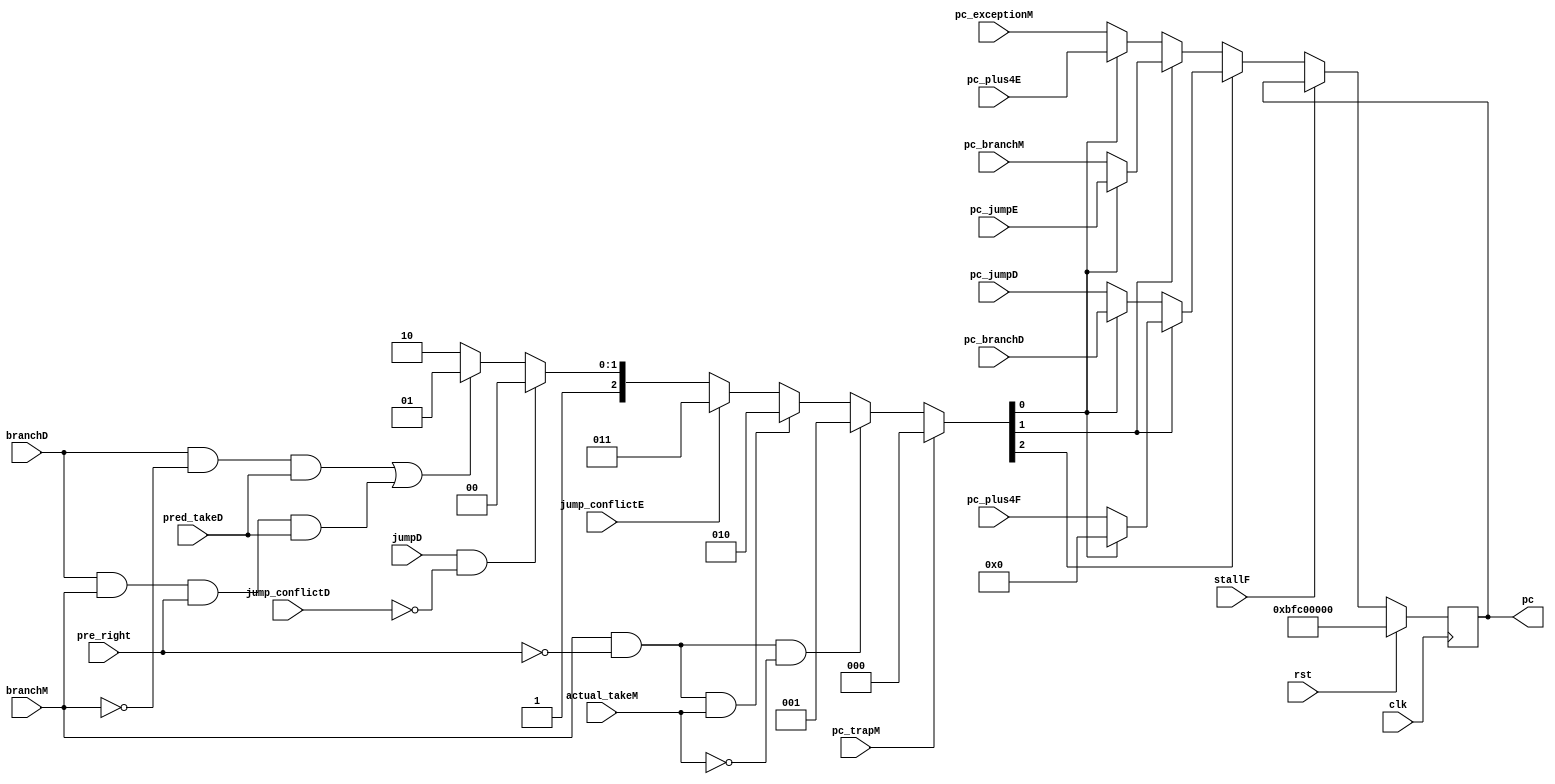
module pc_reg(  
    input clk,rst,stallF,
    input wire branchD,
    input wire branchM,
    input wire pre_right,
    input wire actual_takeM,
    input wire pred_takeD,

    input wire pc_trapM,   //
    input wire jumpD,
    input wire jump_conflictD,
    input wire jump_conflictE,
    input wire [31:0] pc_exceptionM,            //
    input wire [31:0] pc_plus4E,              // pc_nextbranchPC+8pc_plus4EbranchPC+8 //flushplush_4E
    input wire [31:0] pc_branchM,              // pc_nextpc_branchDM
    input wire [31:0] pc_jumpE,               //jumpE Ers
    input wire [31:0] pc_jumpD,                 //Djumprs
    input wire [31:0] pc_branchD,               //D  PC+offset
    input wire [31:0] pc_plus4F,                 //
    output reg [31:0] pc
    );
    wire [31:0] next_pc;
    reg [2:0] pick;
    always @(*) begin
        if(pc_trapM) //
            pick = 3'b000;
        else 
        if(branchM & ~pre_right & ~actual_takeM)  //   pc+8 pick=001
            pick = 3'b001;
        else if(branchM & ~pre_right & actual_takeM)   //   pc_branchM pick=010
            pick = 3'b010;
        else if(jump_conflictE)  //jump pc_jumpE pick=011
            pick = 3'b011;
            //next_pc = pc_jumpE;
        else if(jumpD & ~jump_conflictD) //jump pc_jumpD pick=100
            pick = 3'b100;
        else if(branchD & ~branchM & pred_takeD || branchD & branchM & pre_right & pred_takeD) 
            // M  D ||  M D  ,pc=D  PC+offset
            pick = 3'b101;
        else
            pick = 3'b110;
    end

    assign next_pc = pick[2] ? (pick[1] ? (pick[0] ? 32'b0 : pc_plus4F):        //111:110
                                           (pick[0]? pc_branchD : pc_jumpD)):   //101:100
                               (pick[1] ? (pick[0] ? pc_jumpE : pc_branchM):    //011:010
                                          (pick[0] ? pc_plus4E : pc_exceptionM));//001:000 //pc

    always @(posedge clk) begin
        if(rst) begin
            pc<=32'hbfc0_0000; //
        end
        else if(~stallF) begin
            pc<=next_pc;
        end
    end
endmodule